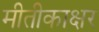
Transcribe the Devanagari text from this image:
मीतीकाक्षर